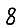
Digit: 8